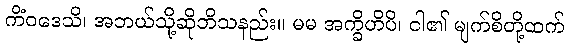
ကိံဝဒေသိ၊ အဘယ်သို့ဆိုဘိသနည်း။ မမ အက္ခိဟိပိ၊ ငါ၏ မျက်စိတို့ထက်